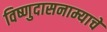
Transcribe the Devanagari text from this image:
विष्णुदासनाम्याचे